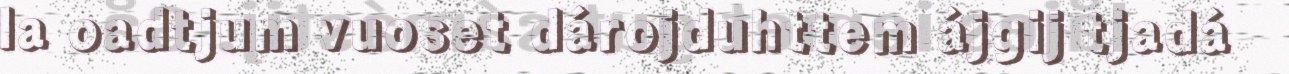
la oadtjum vuoset dárojduhttem ájgij tjadá